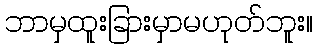
ဘာမှထူးခြားမှာမဟုတ်ဘူး။